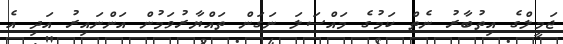
ޖަމީލްގެ އިތުބާރު ނެތް ކަމުގެ މައްސަލަ ނަގަން ތައްޔާރުވަމުން އަންނައިރު އަދި އެ